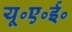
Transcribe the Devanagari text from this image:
यू॰ए॰ई॰